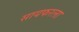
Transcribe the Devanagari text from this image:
सायफरला